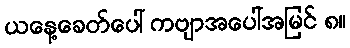
ယနေ့ခေတ်ပေါ် ကဗျာအပေါ်အမြင် ၈။